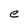
Character: e